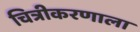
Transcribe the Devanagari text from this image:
चित्रीकरणाला